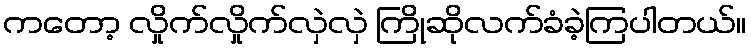
ကတော့ လှိုက်လှိုက်လှဲလှဲ ကြိုဆိုလက်ခံခဲ့ကြပါတယ်။